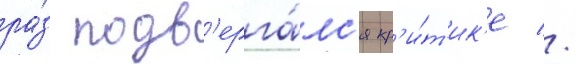
ра́з подв'ерга́лс'я кр'и́т'ик'е //